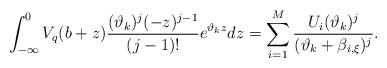
LaTeX: \begin{align*}\int_{-\infty}^{0}V_q(b+z)\frac{(\vartheta_k)^j(-z)^{j-1}}{(j-1)!}e^{\vartheta_k z}dz=\sum_{i=1}^{M}\frac{U_i(\vartheta_k)^j}{(\vartheta_k+\beta_{i,\xi})^j}.\end{align*}